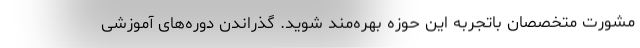
مشورت متخصصان باتجربه این حوزه بهره‌مند شوید. گذراندن دوره‌های آموزشی